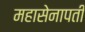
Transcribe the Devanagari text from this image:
महासेनापती